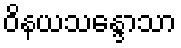
ဝိနယသန္ဒောသာ